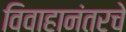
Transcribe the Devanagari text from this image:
विवाहानंतरचे